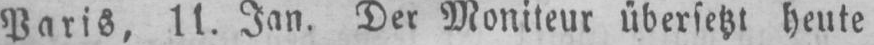
Paris, 11. Jan. Der Moniteur übersetzt heute